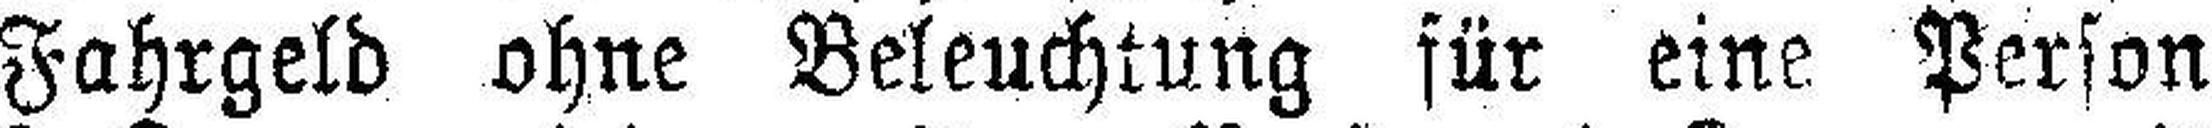
Fahrgeld ohne Beleuchtung für eine Person